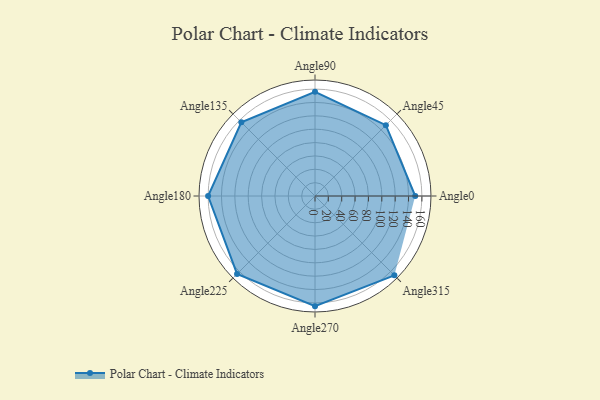
{"axis": {"x": "Angle", "y": "Radius"}, "legend": [""], "data": [{"x": "Angle0", "y": 150.0, "type": ""}, {"x": "Angle45", "y": 150.0, "type": ""}, {"x": "Angle90", "y": 156.0, "type": ""}, {"x": "Angle135", "y": 156.0, "type": ""}, {"x": "Angle180", "y": 160.0, "type": ""}, {"x": "Angle225", "y": 165.0, "type": ""}, {"x": "Angle270", "y": 165.0, "type": ""}, {"x": "Angle315", "y": 168.0, "type": ""}]}